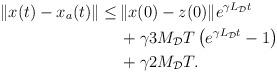
LaTeX: \begin{align*}\begin{aligned}\|x(t)-x_a(t)\| \le&\, \|x(0)-z(0) \| e^{\gamma L_\mathcal{D}t} \\&\,+ \gamma 3 M_\mathcal{D} T \left(e^{\gamma L_\mathcal{D}t} -1\right)\\&\,+\gamma 2M_\mathcal{D} T.\end{aligned}\end{align*}